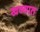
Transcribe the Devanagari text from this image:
खव्यात